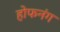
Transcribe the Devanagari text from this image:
होफनंग